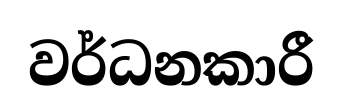
වර්ධනකාරී